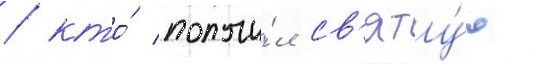
/ кто́ получи́л св'яту́ю